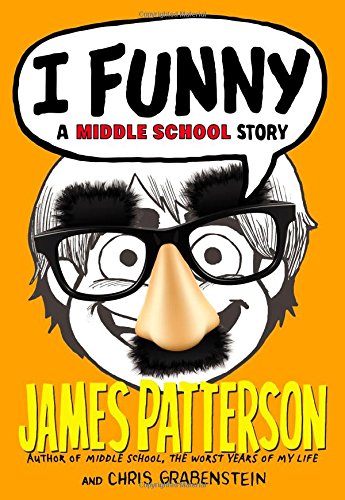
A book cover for I Funny: A Middle School Story; James Patterson; Children's Books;